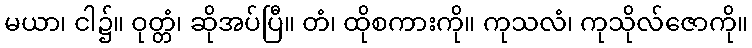
မယာ၊ ငါ၌။ ဝုတ္တံ၊ ဆိုအပ်ပြီ။ တံ၊ ထိုစကားကို။ ကုသလံ၊ ကုသိုလ်ဇောကို။